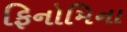
ફિનોમિના